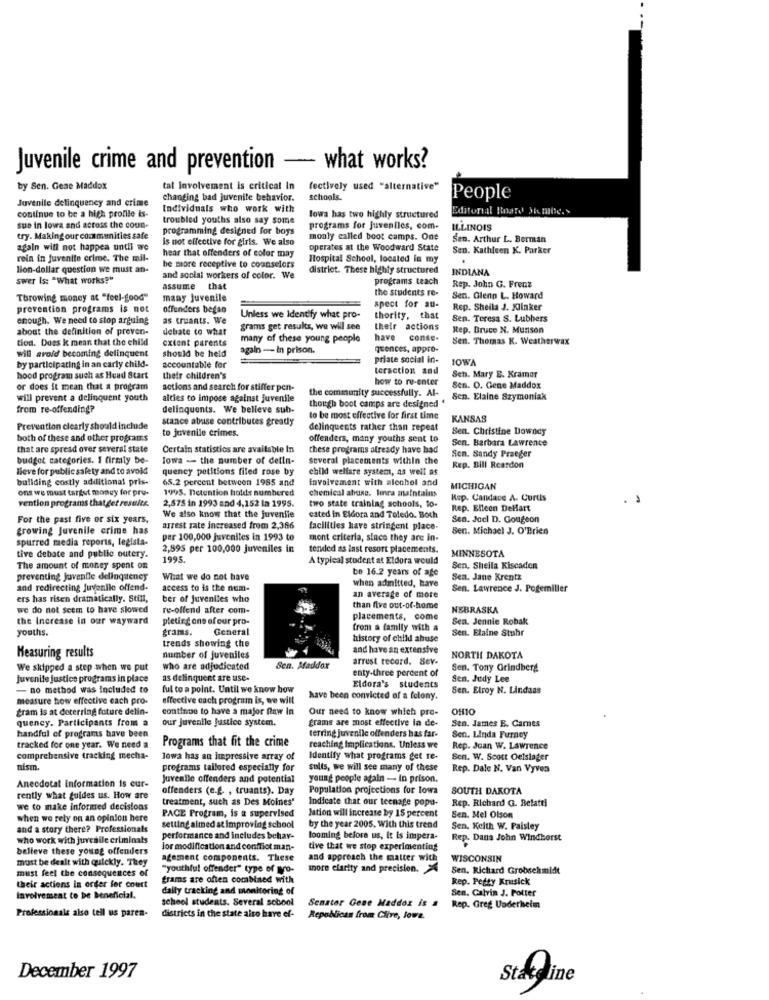
Juvenile crime and prevention - what works?
by Sen. Gene Maddox
tal Involvement is critical in
(ectively used "alternative"
Juvenile delinquency and crime
changing bad juvenile behavior.
schools.
People
Individuals who work with
Editorial Board Sembe.y
continue to be a high profile is-
troubled youths also say some
lowa has two highly structured
sue in lowa and across the coun-
programming designed for boys
programs for juveniles, com-
ILLINOIS
try. Making our communities safe
is not effective for girls. We also
monly called boot camps. One
Sen. Arthur L. Berman
again will not happen until we
hear that offenders of color may
operates at the Woodward State
Sen. Kathleen K. Parker
rein in juvenito crime. The mil-
be more receptive to counselors
Hospital School, located in my
.
lion-dollar question we must an-
district. These highly structured
INDIANA
swer Is: "What works?"
and social workers of color. We
programs teach
assume
that
the students re-
Rep. John G. Frenz
Throwing money at "feel-good"
many juvenile
Sen. Glenn L. Howard
prevention programs is not
offenders began
spect for su-
Rep. Sheila J. Klinker
enough. We need to stop arguing
as truants. We
Unless we Identify what pro-
thority, that
Sen. Teresa S. Lubhers
about the definition of preven-
debate to what
grams get results, we will see
their actions
Rep. Bruce N. Munson
tion. Does k mean that the child
extent parents
many of these young people
have
conse-
Sen. Thomas K. Weatherwax
will avoid becoming delinquent
should be held
again -- In prison.
quences, appro-
priate social in-
IOWA
by participating in an carly child-
accountable for
teraction and
hood program such as Head Start
their children's
how to re-enter
Sch. Mary E. Kramar
or does it mean that a program
actions and search for stiffer pen-
the community successfully. Al-
Sen. O. Gene Maddox
will prevent a delinquent youth
alties to impose against juvenile
Sen. Elaine Szymoniak
from re-offending?
delinquents. We believe sub-
though boot camps are designed '
stance abuse contributes greatly
to be most effective for first time
KANSAS
Prevention clearly should include
to juvenile crimes.
delinquents rather than repeat
Sen. Christine Downey
both of these and other programs
offenders, many youths sent to
Sen. Barbara Lawrence
that are spread over several state
Certain statistics are available In
these programs already have had
budget categories. I firmly be-
lowa - the number of detin-
Several placements within the
Sen. Sandy Praeger
lleve for public safety and to avoid
queney petitions filed rose by
child welfare system, as well as
Rep. Bill Reardon
buliding costly adilitional pris-
65.2 percent between 1985 and
involvement with alcohol and
ons we must target money for pre-
1995. Detention holds numbered
chemical abuse. tera maintains
MICHIGAN
vention programs that get results.
2,575 in 1993 and 4,152 la 1995.
Rep. Candace A. Curtis
two state training schools, to-
Rep. Elleen DeHart
For the past five or six years,
We also know that the juvenile
cated in Eldora and Toledo. Both
Sen. Jacl D. Gougeon
growing Juvenile crime has
arrest rate increased from 2,386
facilities have stringent place-
Sen. Michael J. O'Brien
spurred media reports, legiata-
per 100,000 juveniles in 1993 to
mont criteria, since they are in-
2,895 per 100,000 juveniles in
tended as last resort placements.
MINNESOTA
tive debate and public outery.
1995.
A typical student at Eldora would
The amount of money spent on
be 16.2 years of age
Sen, Sheila Kiscaden
preventing Juvenile delinquency
What we do not have
when admitted, have
Sen. Jane Krentz
and redirecting juvenile offend-
access to is the num-
Sen. Lawrence J. Pogemiller
ers has risen dramatically. Still,
ber of Juveniles who
an average of more
we do not seem to have slowed
re-offend after com-
than five out-of-home
NEBRASKA
the Increase in our wayward
pleting one of our pro-
placements, come
Sen. Jennie Robak
youths.
grams.
General
from a family with a
Sen. Elaine Stuhr
trends showing the
history of child abuse
and have an extensive
Measuring results
number of juveniles
arrest record. Sev-
NORTH DAKOTA
We skipped a step when we put
who are adjudicated
Sen. Maddox
enty-three percent of
Sen. Tony Grindberg
juvenile justice programs in place
as delinquent are use-
Sen, Judy Lee
- no method was Included to
ful to a point. Until we know how
Eldora's students
Sen. Elroy N. Lindaas
measure how effective each pro-
effective each program is, we will
have been convicted of a felony.
gram is at deterring future delin-
continue to have a major flaw in
Our need to know which pro-
OHIO
quency. Participants from a
our juvenile Justice system.
grams are most effective in de-
Sen. James E. Carnes
handful of programs have been
terring juvenile offenders has far-
Programs that fit the crime
Sen. Linda Furney
tracked for one year. We need a
reaching Implications. Unless we
Rep. Joan W. Lawrence
comprehensive tracking mecha-
Towa has an impressive array of
Identify what programs get re-
Sen. W. Scott Oelslager
nism.
programs tailored especially for
sults, we will see many of these
Rep. Dale N. Van Vyves
Juvenile offenders and potential
young people again - In prison.
Anecdotal information is eur-
offenders (e.f. , truants). Day
Population projections for Iowa
SOUTH DAKOTA
rently what guides us. How are
treatment, such as Des Moines'
Indicate that our teenage popa-
Rep. Richard G. Relatti
we to make informed decisions
Jation will increase by 15 percent
when we rely on an opinion here
PACE Program, is a supervised
Sen. Mel Olson
and a story there? Professionals
setting aimed at improving school
by the year 2005. With this trend
Sen. Keith W. Paisley
who work with juvenile criminals
performance and includes behav-
looming before us, it is impera-
Rep. Dana John Windhorst
believe these young offenders
lor modification and conflict man-
tive that we stop experimenting
must be dealt with quickly. They
agement components. These
and approach the matter with
WISCONSIN
must feel the consequences of
"youthful offender" type of pro-
more clarity and precision. A
Sen. Richard Grobschmidt
grams are often combined with
Rep. Petty Krusick
their actions in order for court
dally tracking and monitoring of
Sen, Calvin J. Potter
Involvement to be Beneficial.
school students. Several sobool
Professionale also tell us paren-
Senator Gene Maddox is # Rep. Greg Underheim
Rep. Greg Underheim
districts in the state also have ef-
Republican from Clive, Jowe.
December 1997
Stadline